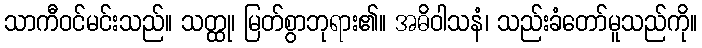
သာကီဝင်မင်းသည်။ သတ္ထု၊ မြတ်စွာဘုရား၏။ အဓိဝါသနံ၊ သည်းခံတော်မူသည်ကို။